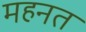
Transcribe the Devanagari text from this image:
महनत